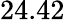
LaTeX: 24.42